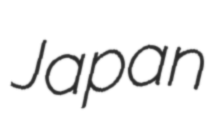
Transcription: Japan